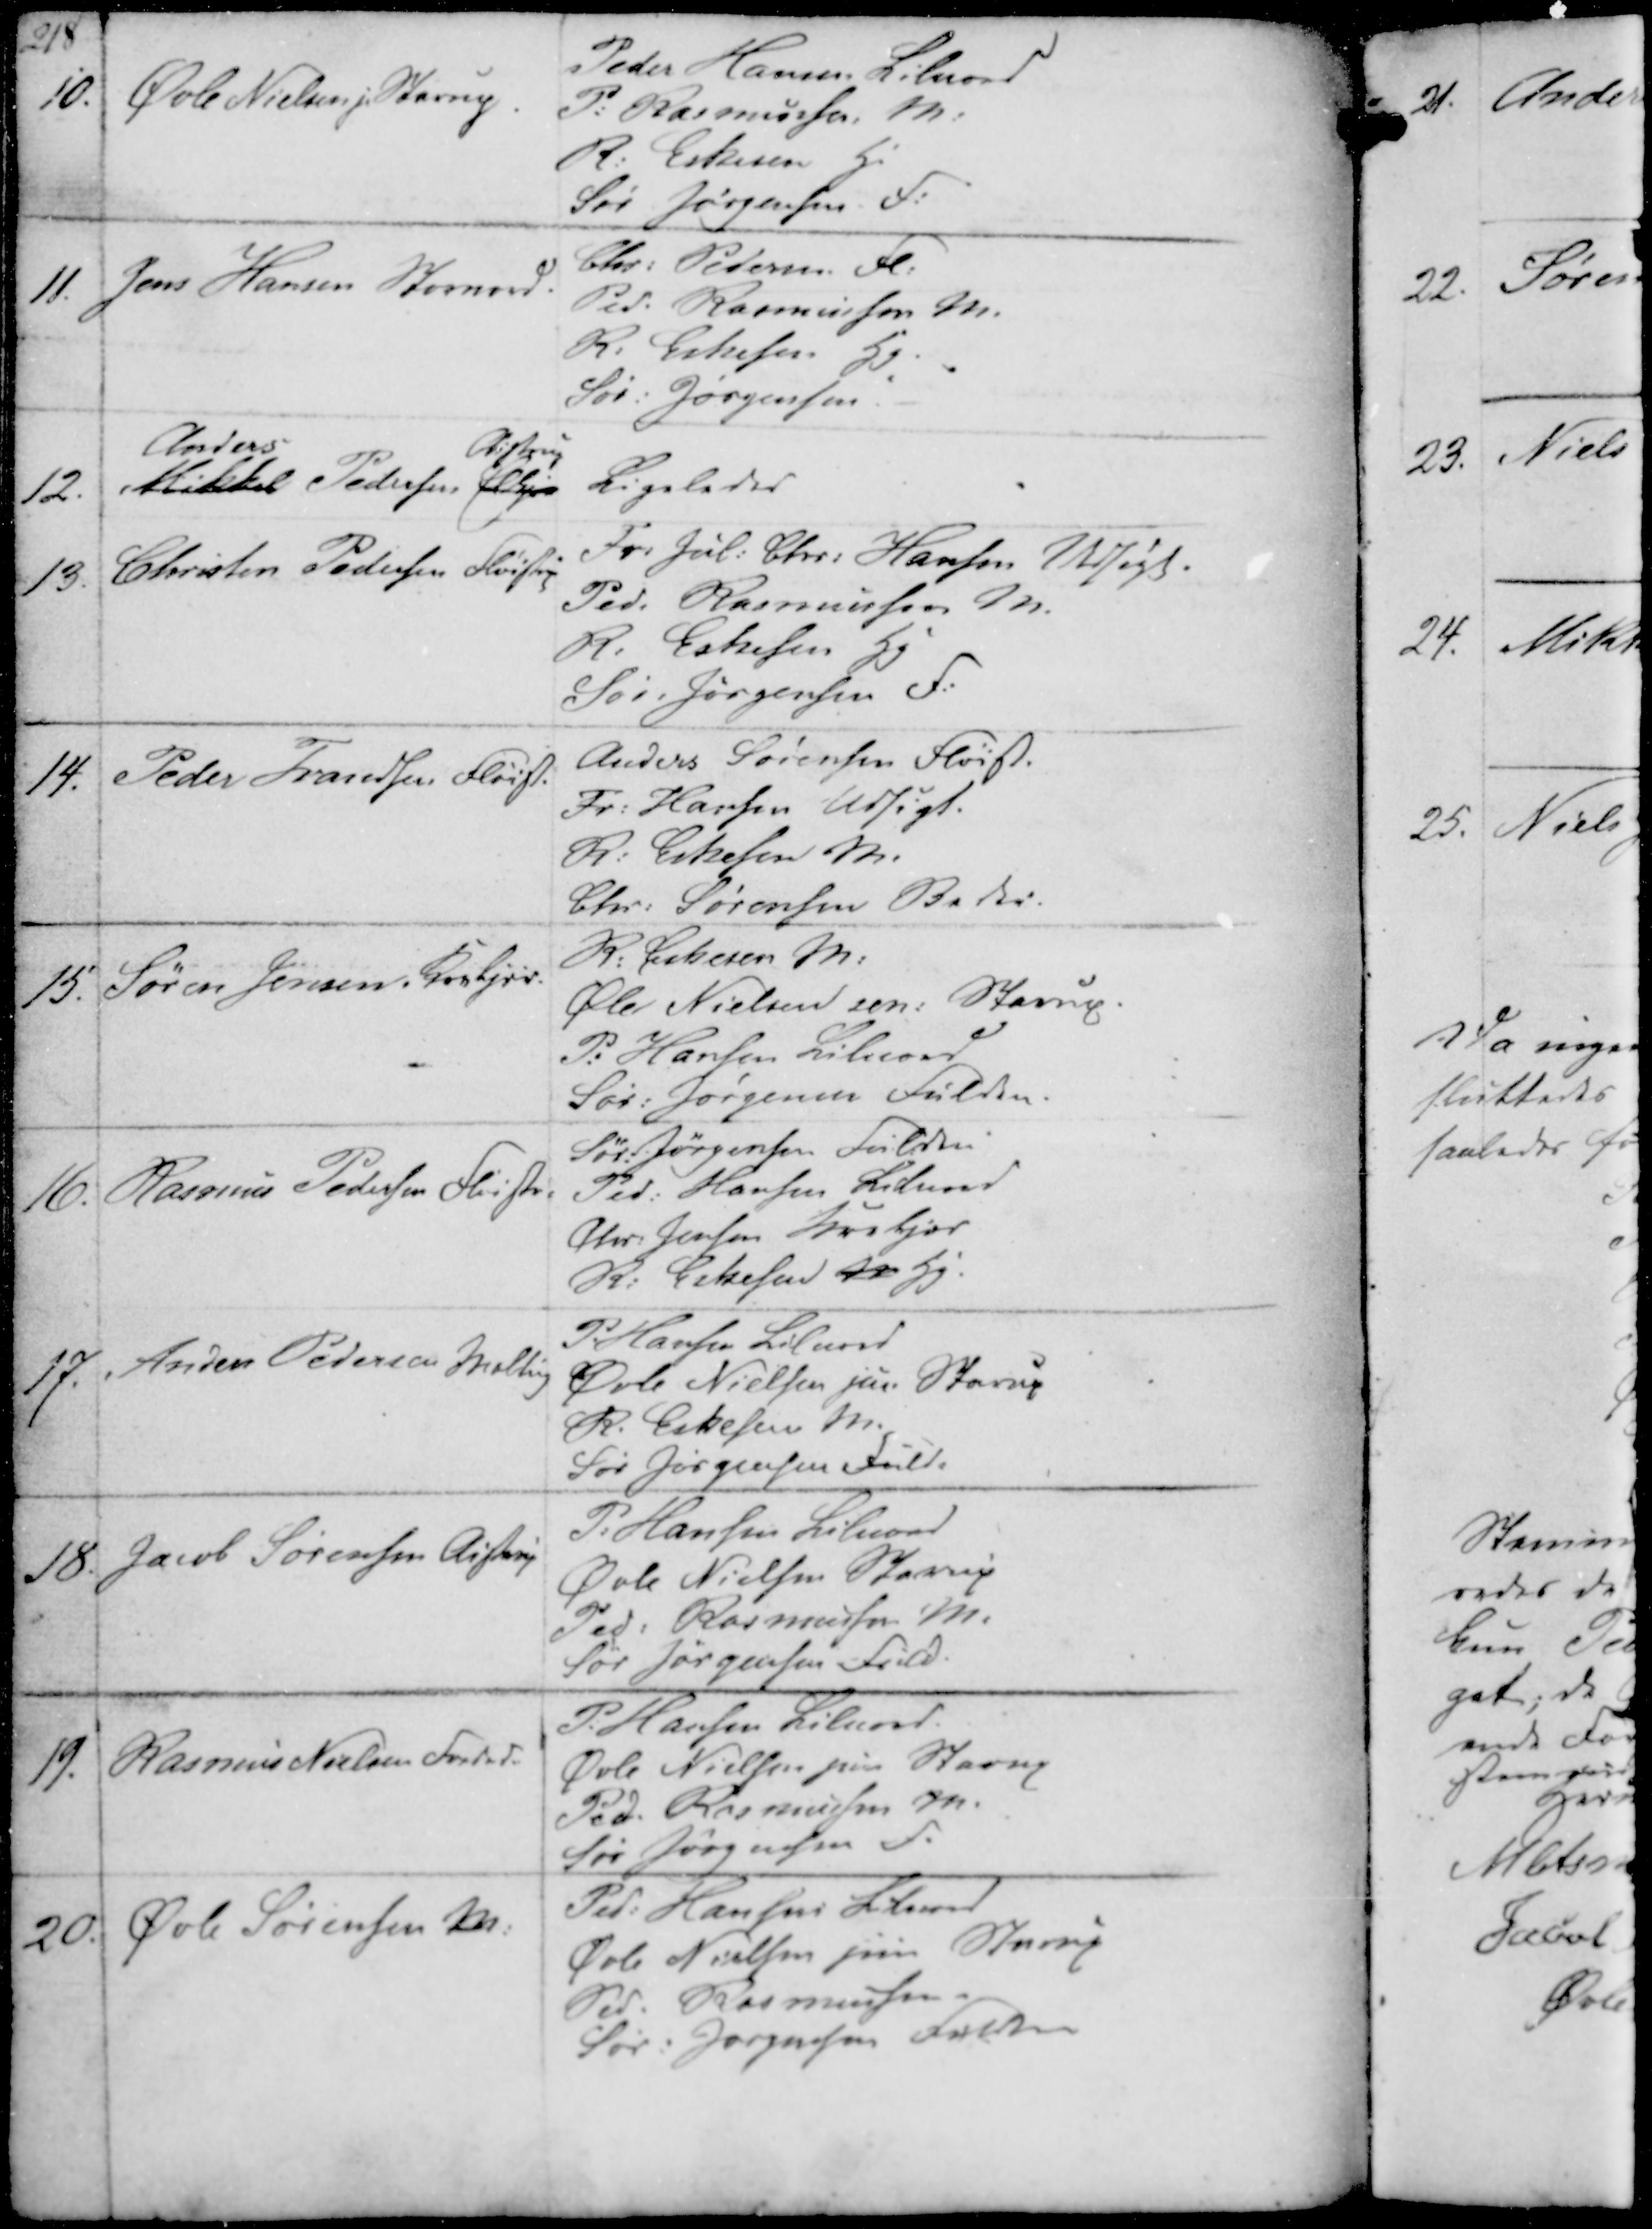
Transskription:
10. Øvle Nielsen j. Starup.

Peder Hansen Lilnord
P. Rasmussen M.
R. Eskesen H.
Sør Jørgensen F.

11.
Jens Hansen Stornord.

Chr. Pedersen Fl.
Ped. Rasmussen M.
R. Eskesen Hg
Sør. Jørgensen.

12. Mikkel
Anders
Pedersen Elkjær
Aistrup

Ligeledes

13. Christen Pedersen Fløistrup

Fr. Jul. Chr. Hansen Udsigt.
Ped. Rasmussen M.
R. Eskesen Hg
Sør. Jørgensen F.

14. Peder Frandsen Fløist.

Anders Sørensen Fløist.
Fr. Hansen Udsigt.
R. Eskesen M.
Chr. Sørensen Beder.

15. Søren Jensen Krekjir

R. Eskesen M.
Øle Nielsen sen. Starup
P. Hansen Lilnord
Sør. Jørgensen Fulden.

16. Rasmus Pedersen Fløistr.

Sør. Jørgensen Fulden
Ped. Hansen Lilnord
Chr. Jensen Krekjær
R. Eskesen M Hg.

17. Anders Pedersen Malling

P. Hansen Lilnord
Øvle Nielsen jun. Starup
R. Eskesen M.
Sør Jørgensen Fuld.

18. Jacob Sørensen Aistrup

P. Hansen Lilnor
Øvle Nielsen Starup
Ped. Rasmussen M.
Sør Jørgensen Fuld.

19. Rasmus Nielsen Ferlede

P. Hansen Lilnord.
Øvle Nielsen jun Starup
Ped. Rasmussen M.
Sør Jørgensen F.

20.
Øvle Sørensen M.

Ped. Hansen Lilnord
Øvle Nielsen jun Starup
Ped. Rasmussen
Sør. Jørgensen Fulden